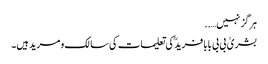
ہرگز نہیں…..
بشریٰ بی بی بابا فریدؒ کی تعلیمات کی سالک و مرید ہیں۔